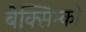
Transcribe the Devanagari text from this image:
बेक्सिम्को